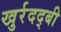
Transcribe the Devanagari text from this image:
खुर्रदद्बी